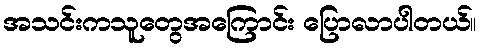
အသင်းကသူတွေအကြောင်း ပြောလာပါတယ်။